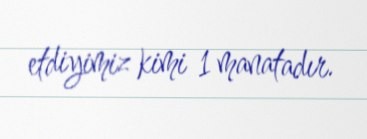
etdiyimiz kimi 1 manatadır.